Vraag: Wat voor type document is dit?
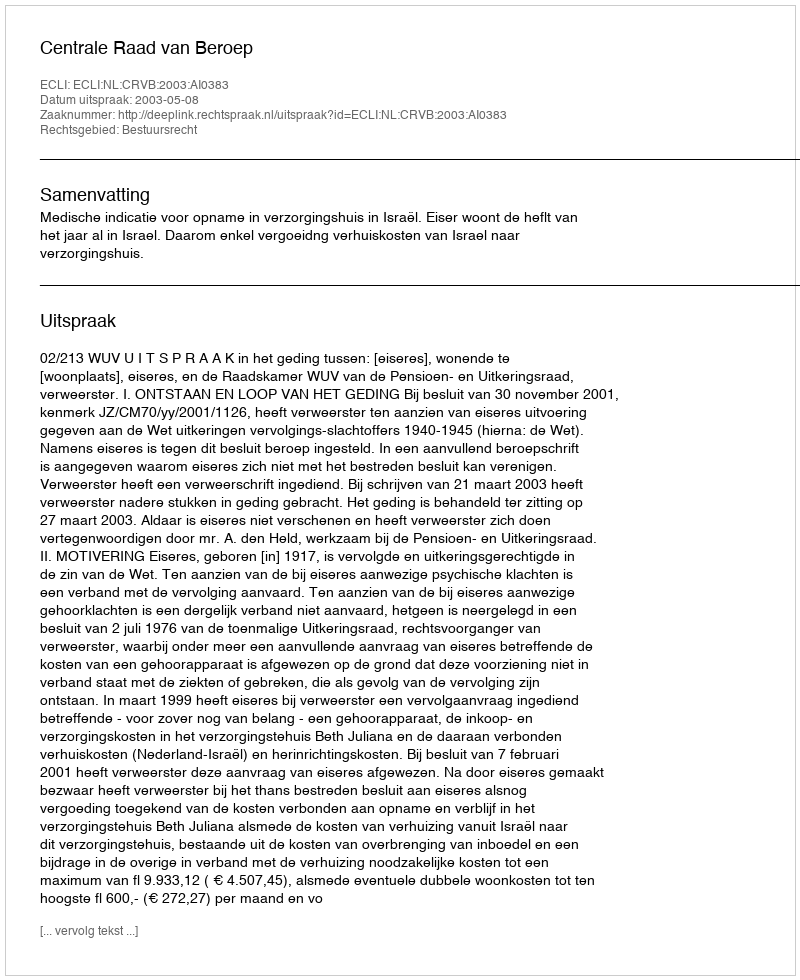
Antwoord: Uitspraak